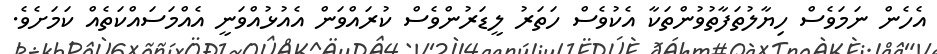
އެހެން ނަމަވެސް ހިޔާލުތަފާތުވުންތަކާ އެކުވެސް ހަތަރު ލީޑަރުންވެސް ކުރައްވަން އެއުޅުއްވަނީ އެއްމަސައްކަތެއް ކަމަށެވެ.